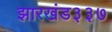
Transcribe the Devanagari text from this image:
झारखंड३३७